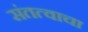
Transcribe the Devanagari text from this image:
संतत्वाचा